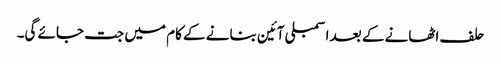
حلف اٹھانے کے بعد اسمبلی آئین بنانے کے کام میں جت جائے گی۔